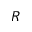
R